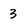
Character: 3